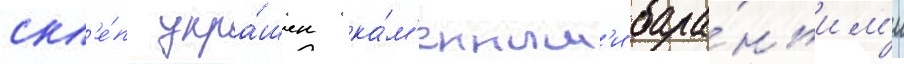
скл'е́п укра́шен ка́м'енным'и бара́ньим'и